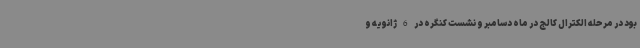
بود در مرحله الکترال کالج در ماه دسامبر و نشست کنگره در 6 ژانویه و